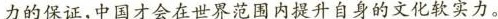
力的保证，中国才会在世界范围内提升自身的文化软实力。